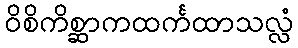
ဝိစိကိစ္ဆာကထင်္ကထာသလ္လံ